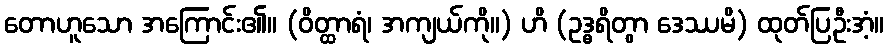
တောဟူသော အကြောင်း၏။ (ဝိတ္ထာရံ၊ အကျယ်ကို။) ဟိ (ဥဒ္ဓရိတွာ ဒေဿမိ) ထုတ်ပြဦးအံ့။